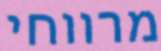
מרווחי